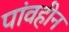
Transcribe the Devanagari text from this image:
पांवहीन